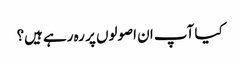
کیا آپ ان اصولوں پر رہ رہے ہیں؟